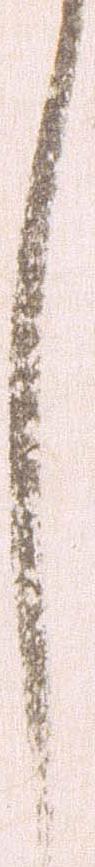
し